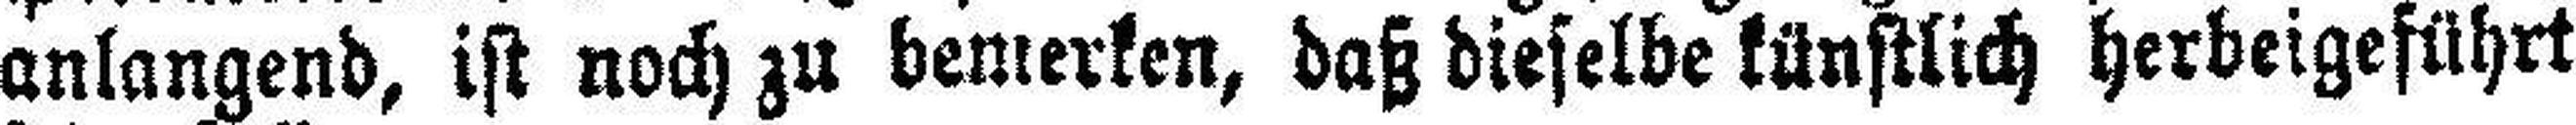
anlangend, ist noch zu bemerken, daß dieselbe künstlich herbeigeführt